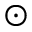
\odot